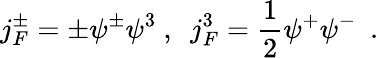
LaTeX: j_{F}^{\pm}=\pm\psi^{\pm}\psi^{3}~,~~j_{F}^{3}=\frac{1}{2}\psi^{+}\psi^{-}~~.